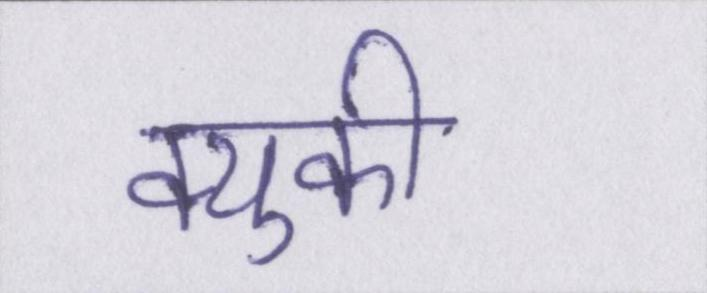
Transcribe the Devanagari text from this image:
क्युकी